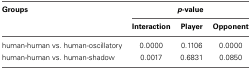
<table><thead><tr><td><b>Groups</b></td><td colspan="3"><b><i>p</i>-value</b></td></tr><tr><td></td><td><b>Interaction</b></td><td><b>Player</b></td><td><b>Opponent</b></td></tr></thead><tbody><tr><td>human-human vs. human-oscillatory</td><td>0.0000</td><td>0.1106</td><td>0.0000</td></tr><tr><td>human-human vs. human-shadow</td><td>0.0017</td><td>0.6831</td><td>0.0850</td></tr></tbody></table>